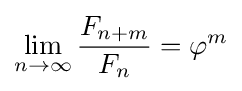
\lim _{n\to \infty }{\frac {F_{n+m}}{F_{n}}}=\varphi ^{m}